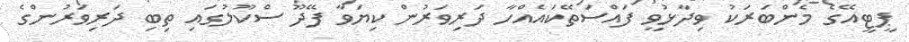
ޕީޓީއޭގެ މެންބަރަކު ވިދާޅުވީ ފައްސަތޭކައެއްހާ ދަރިވަރުން ކިޔަވާ ފޭދޫ ސްކޫލުގައި ތިބި ދަރިވަރުންގެ